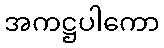
အကဋ္ဌပါကော